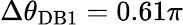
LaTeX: \Delta\theta_{\mathrm{DB1}}=0.61\pi